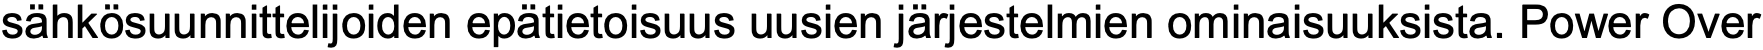
sähkösuunnittelijoiden epätietoisuus uusien järjestelmien ominaisuuksista. Power Over